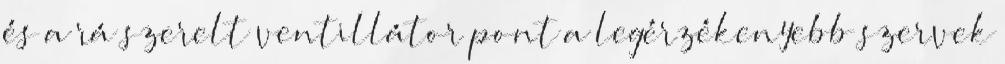
és a rá szerelt ventillátor pont a legérzékenyebb szervek